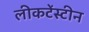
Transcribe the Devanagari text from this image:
लीकटेंस्टीन